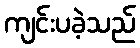
ကျင်းပခဲ့သည်